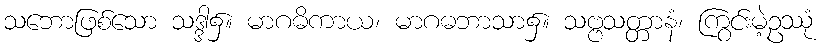
သဘောဖြစ်သော သဒ္ဒါ၌။ မာဂဓိကာယ၊ မာဂဓဘာသာ၌။ သဗ္ဗသတ္တာနံ၊ ကြွင်းမဲ့ဥဿုံ